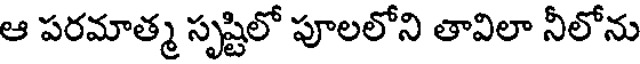
ఆ పరమాత్మ సృష్టిలో పూలలోని తావిలా నీలోను